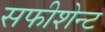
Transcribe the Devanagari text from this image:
सफीशेन्ट